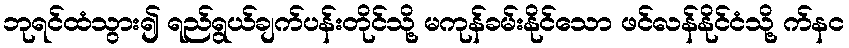
ဘုရင်ထံသွား၍ ရည်ရွယ်ချက်ပန်းတိုင်သို့ မကုန်ခမ်းနိုင်သော ဖင်လန်နိုင်ငံသို့ က်နင